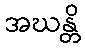
အဃန္တိ